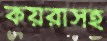
কয়রাসহ